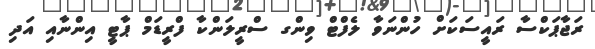
ރަޖާޕަކްސާ ރައީސަކަށް ހުންނަވާ ލެފްޓް ވިންގ ސްރީލަންކާ ފްރީޑަމް ޕާޓީ އިންނާއި އަދި